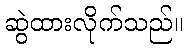
ဆွဲထားလိုက်သည်။